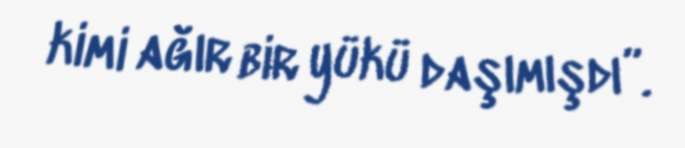
kimi ağır bir yükü daşımışdı”.